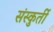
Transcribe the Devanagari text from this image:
संस्कुर्ती